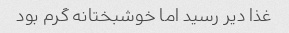
غذا دیر رسید اما خوشبختانه گرم بود